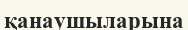
қанаушыларына